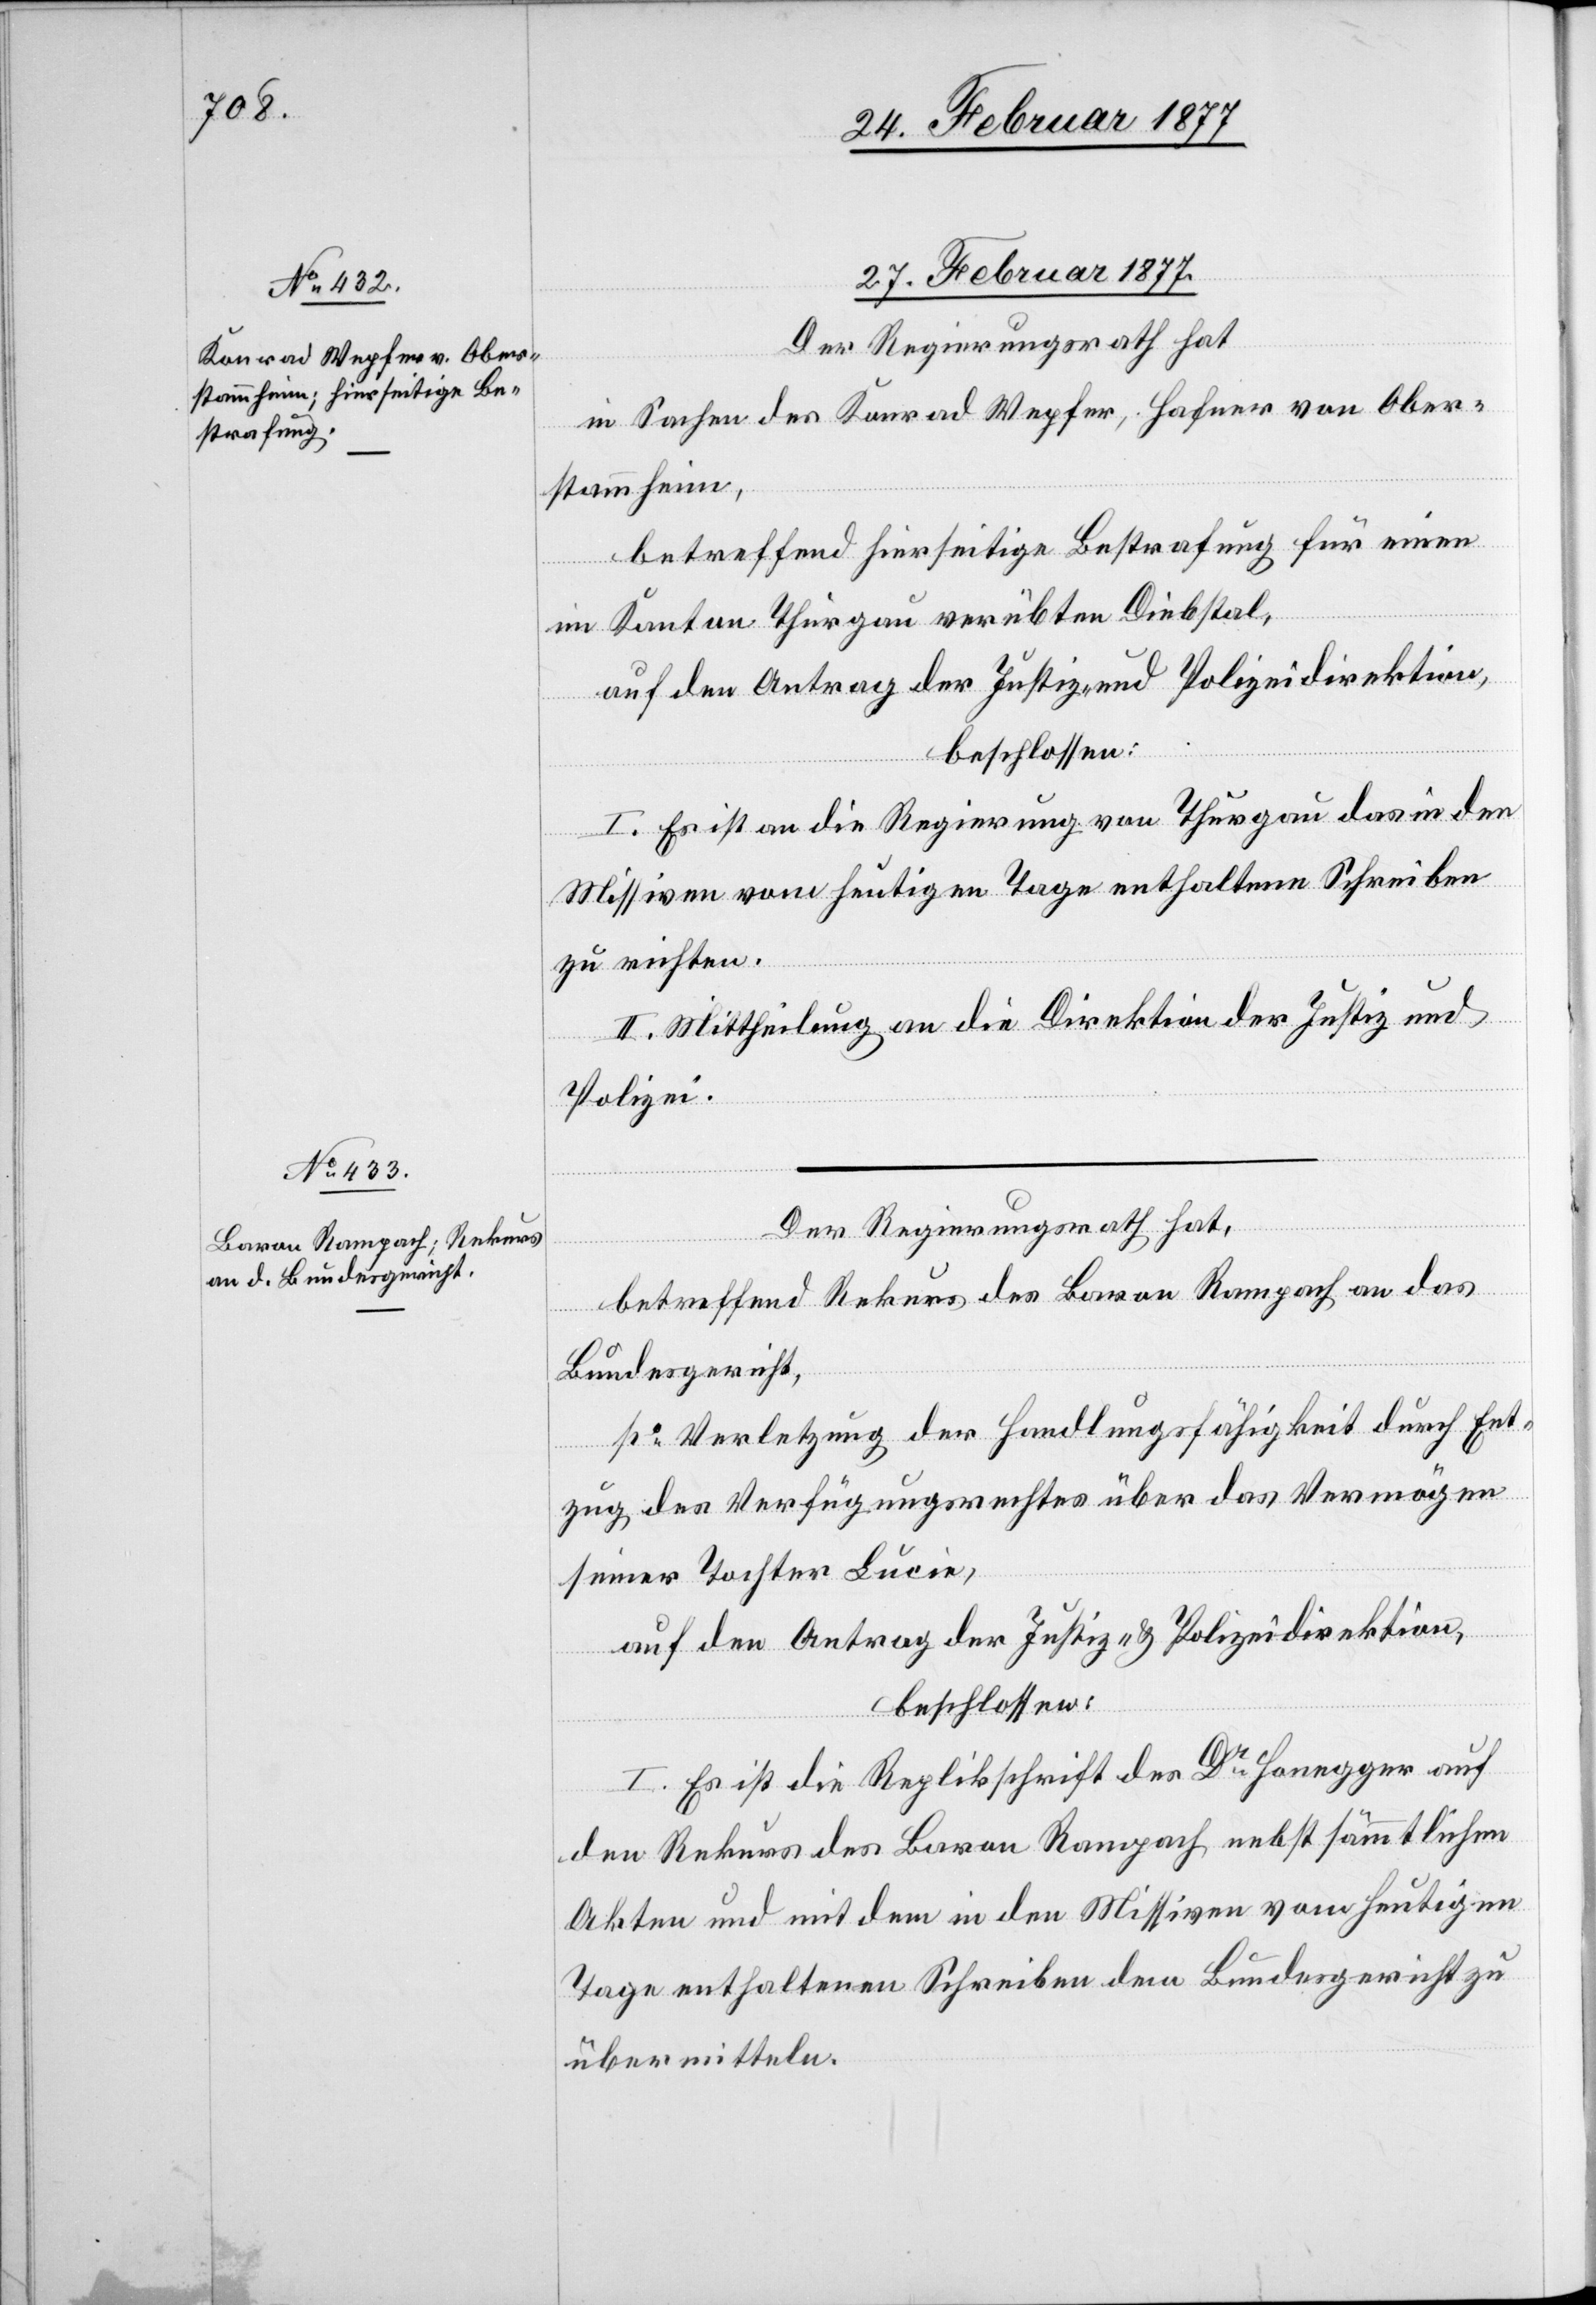
27. Februar 1877.]
Der Regierungsrath hat,
in Sachen des Konrad Wepfer, Hafner von Ober¬
stammheim,
betreffend hierseitige Bestrafung für einen
im Kanton Thurgau verübten Diebstal,
auf den Antrag der Justiz- und Polizeidirektion,
beschlossen:
I. Es ist an die Regierung von Thurgau das in den
Missiven vom heutigen Tage enthaltene Schreiben
zu richten.
II. Mittheilung an die Direktion der Justiz und
Polizei.
betreffend Rekurs des Baron Rampach an das
Bundesgericht,
po Verletzung der Handlungsfähigkeit durch Ent¬
zug des Verfügungsrechtes über das Vermögen
seiner Tochter Lucie,
auf den Antrag der Justiz- & Polizeidirektion,
beschlossen:
I. Es ist die Replikschrift des Dr Honegger auf
den Rekurs des Baron Rampach nebst sämmtlichen
Akten und mit dem in den Missiven vom heutigen
Tage enthaltenen Schreiben dem Bundesgericht zu
übermitteln.